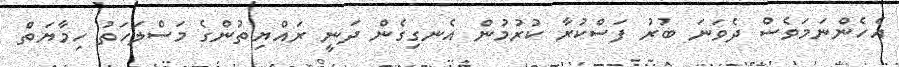
އެހެންނަމަވެސް ދެވަނަ ބުރު ފަސްކުރާ ކުރުމުން އެނގިގެން ދަނީ ރައްޔިތުންގެ މަސްލަހަތު ހިމާޔަތް